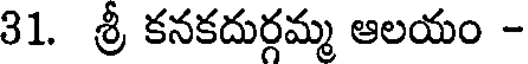
31. శ్రీ కనకదుర్గమ్మ ఆలయం -